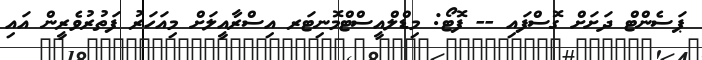
ޕަސެންޓް ދަށަށް ގޮސްފައި -- ފޮޓޯ: މިޑްލްއީސްޓްމޮނިޓަރ އިސްރާއީލަށް މިއަހަރު ފަތުރުވެރީން އައި